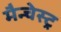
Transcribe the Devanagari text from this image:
मैन्चेस्ट्र